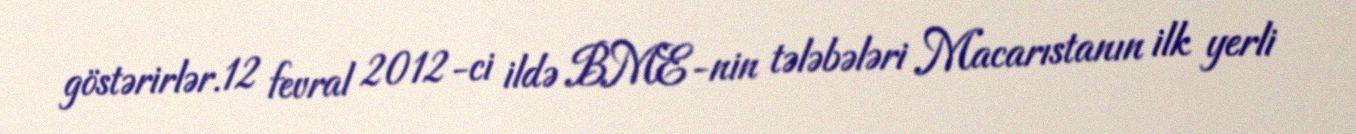
göstərirlər.12 fevral 2012-ci ildə BME-nin tələbələri Macarıstanın ilk yerli